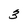
Character: 3